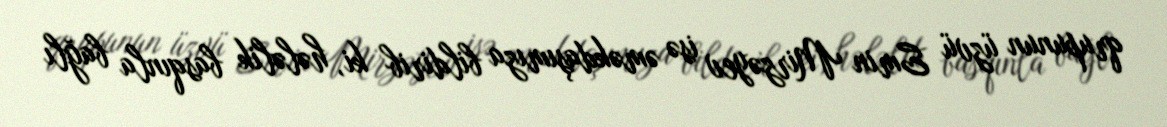
qrupunun üzvü Emin Mirzəyev isə əməkdaşımıza bildirib ki, hələlik basqınla bağlı